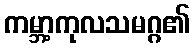
ကမ္ဘာ့ကုလသမဂ္ဂ၏